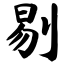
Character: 剔